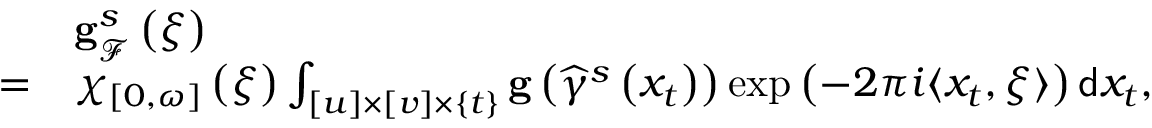
\begin{array} { r l } & { \mathbf { g } _ { \mathcal { F } } ^ { s } \left( \xi \right) } \\ { = } & { \chi _ { \left[ 0 , \omega \right] } \left( \xi \right) \int _ { \left[ u \right] \times \left[ v \right] \times \{ t \} } \mathbf { g } \left( \widehat { \gamma } ^ { s } \left( x _ { t } \right) \right) \exp \left( - 2 \pi i \langle x _ { t } , \xi \rangle \right) \mathsf { d } x _ { t } , } \end{array}